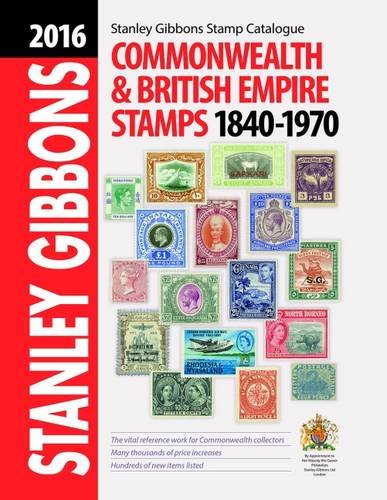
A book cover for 2016 Commonwealth & Empire Stamps 1840-1970; Hugh Jefferies; Crafts, Hobbies & Home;